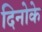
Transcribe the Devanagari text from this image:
दिनोके